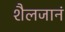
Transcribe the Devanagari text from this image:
शैलजानं